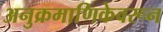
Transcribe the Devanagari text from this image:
अनुक्रमाणिकेवरून